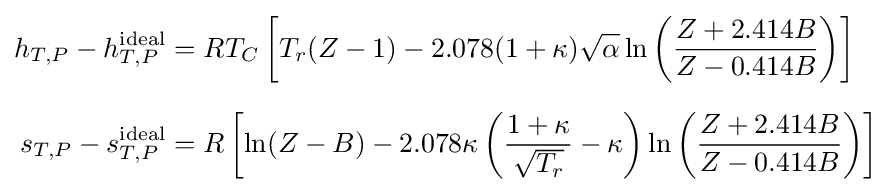
{\begin{aligned}h_{T,P}-h_{T,P}^{\mathrm {ideal} }&=RT_{C}\left[T_{r}(Z-1)-2.078(1+\kappa ){\sqrt {\alpha }}\ln \left({\frac {Z+2.414B}{Z-0.414B}}\right)\right]\\[1.5ex]s_{T,P}-s_{T,P}^{\mathrm {ideal} }&=R\left[\ln(Z-B)-2.078\kappa \left({\frac {1+\kappa }{\sqrt {T_{r}}}}-\kappa \right)\ln \left({\frac {Z+2.414B}{Z-0.414B}}\right)\right]\end{aligned}}